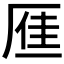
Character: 𪠐